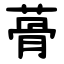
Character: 蓇